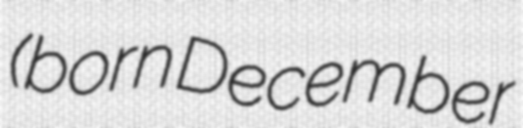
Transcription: (born December